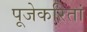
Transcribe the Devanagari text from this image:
पूजेकरितां